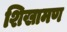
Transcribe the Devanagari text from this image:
शिखामण